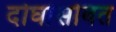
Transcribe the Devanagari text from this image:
दोघांसोबत